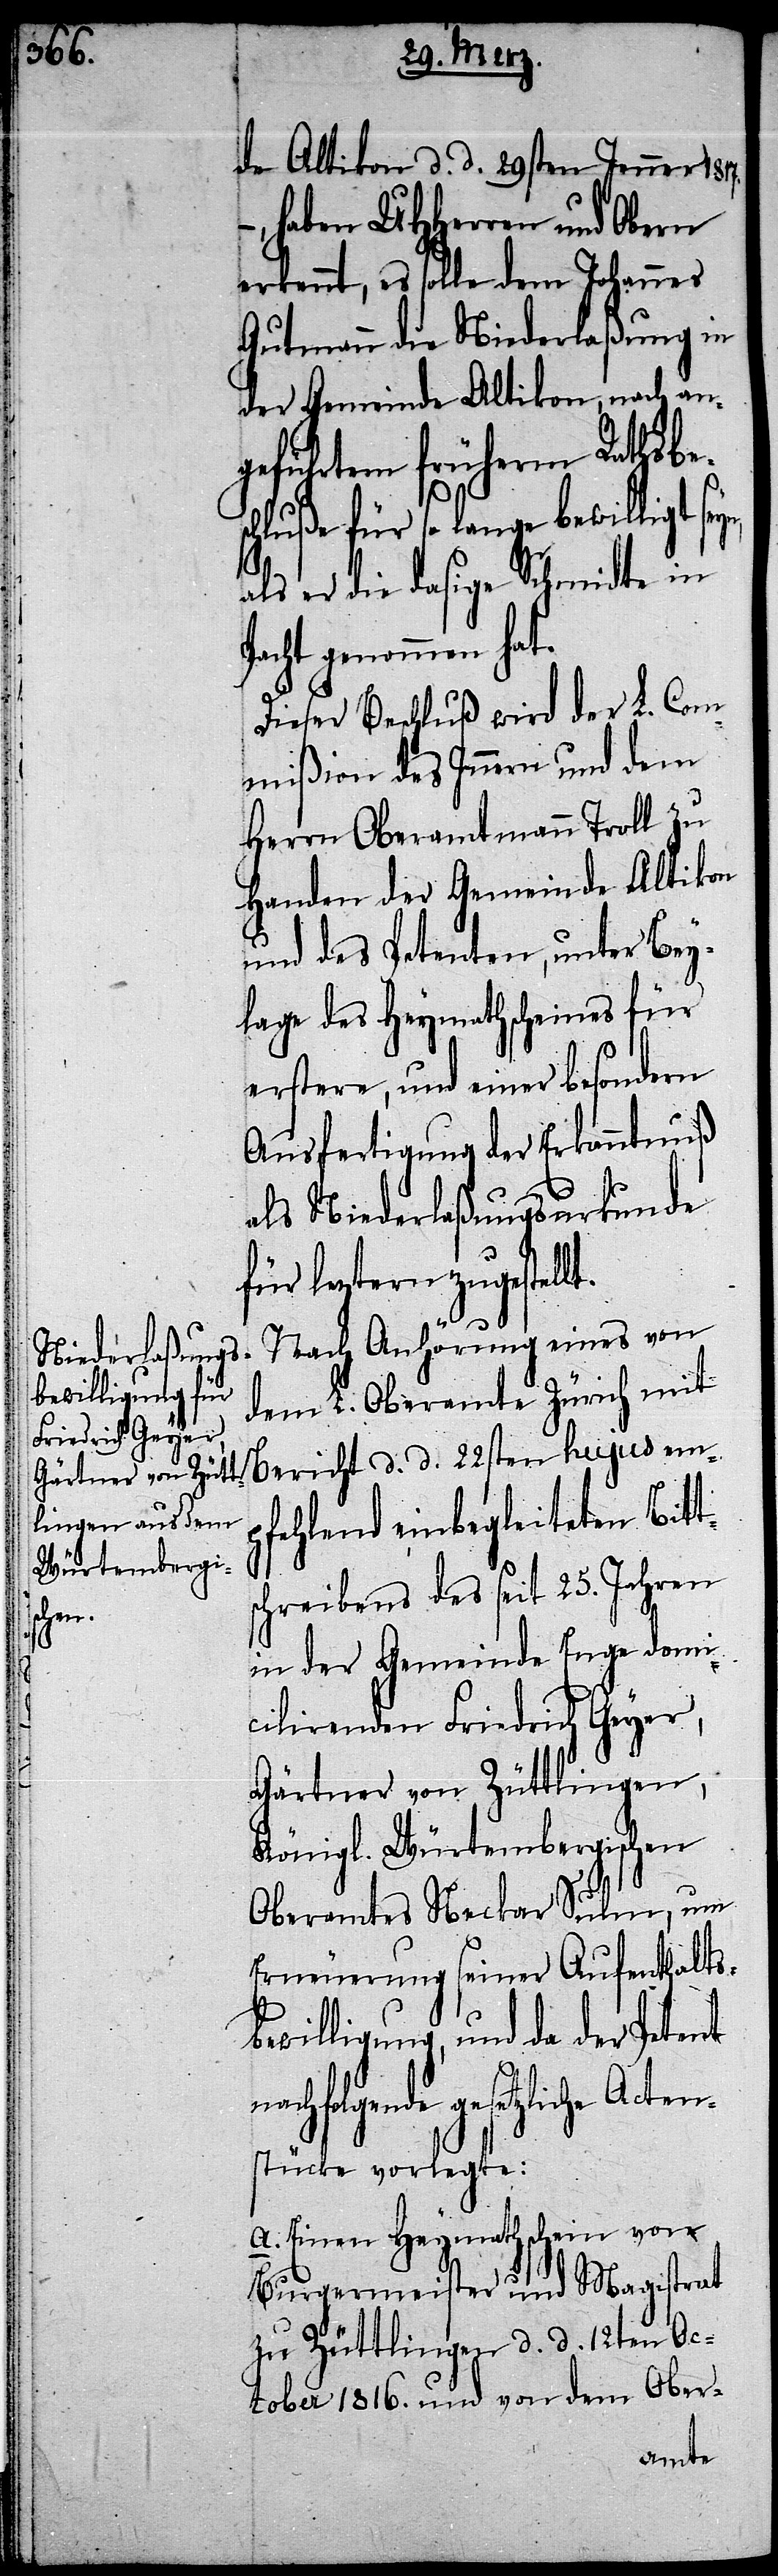
de Altikon d. d. 29sten Jenner 1817.
haben UHHerren und Obern
erkennt, es solle dem Johannes
Gutmann die Niederlaßung in
der Gemeinde Altikon, nach an¬
geführtem früherm Rathsbes¬
chluße für so lange bewilligt
als er die dasige Schmidte in
Pacht genommen hat.
Dieser Beschluß wird der L. Com¬
mißion des Innern und dem
Herrn Oberamtmann Troll zu
Handen der Gemeinde Altikon
und des Petenten, unter Bey¬
lage des Heymathscheines für
erstere, und einer besondern
Ausfertigung der Erkanntnuß
als Niederlaßungsurkunde
für leztern zugestellt.
Nach Anhörung eines von
dem L. Oberamte Zürich mit
Bericht d. d. 22sten hujus em¬
pfehlend einbegleiteten Bitt¬
schreibens des seit 25. Jahren
in der Gemeinde Enge domi¬
cilirenden Friedrich Geyer,
Gärtner von Züttlingen,
Königl. Würtembergischen
Oberamtes Neckar Sulm, um
Erneuerung seiner Aufenthaltsb¬
ewilligung, und da der Petent
nachfolgende gesetzliche Acten¬
stücke vorlegte:
A. Einen Heymathschein von
Burgermeister und Magistrat
zu Züttlingen d. d. 12ten Oc¬
tober 1816. und von dem Ober-